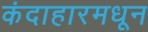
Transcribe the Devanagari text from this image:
कंदाहारमधून